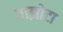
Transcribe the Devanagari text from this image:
वाझोटा